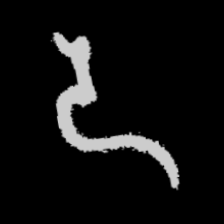
Pyu character \u2014 Myanmar letter: ဒ (romanized: da)